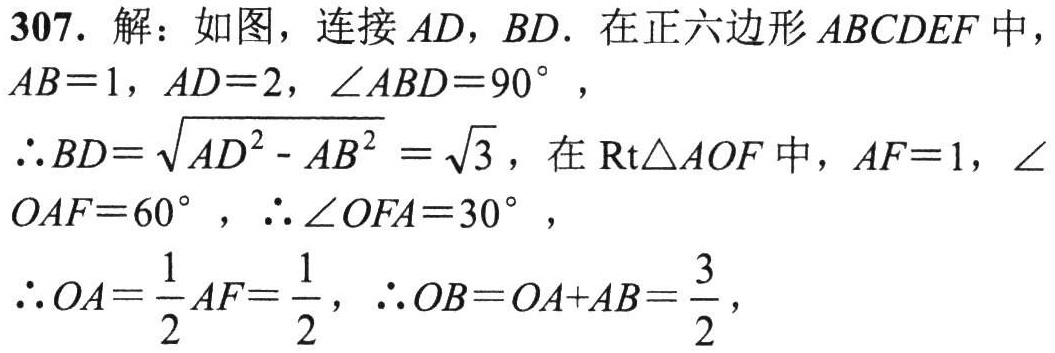
307. 解：如图，连接 \(AD\)，\(BD\)。在正六边形 \(ABCDEF\) 中，\(AB = 1\)，\(AD = 2\)，\(\angle ABD = 90^{\circ}\)，
\(\therefore BD=\sqrt{AD^{2}-AB^{2}}=\sqrt{3}\)，在 \(\text{Rt}\triangle AOF\) 中，\(AF = 1\)，\(\angle OAF = 60^{\circ}\)，\(\therefore \angle OFA = 30^{\circ}\)，
\(\therefore OA=\frac{1}{2}AF=\frac{1}{2}\)，\(\therefore OB = OA + AB=\frac{3}{2}\)